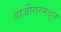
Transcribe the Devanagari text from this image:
बाजीगरमधून